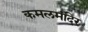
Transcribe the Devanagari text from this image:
कमलमंदिर